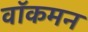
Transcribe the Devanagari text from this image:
वॉकमन